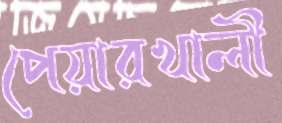
পেয়ারখালী